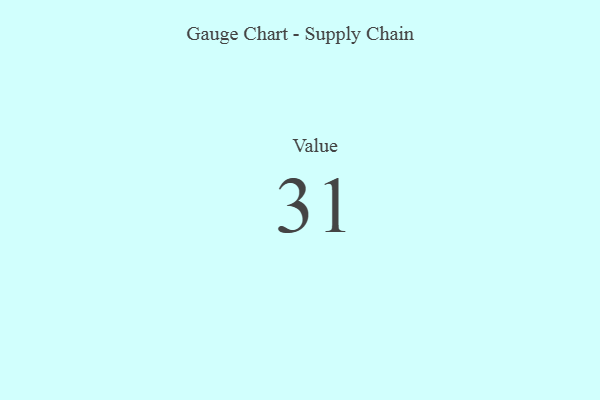
{"axis": {"x": "Metric", "y": "Value"}, "legend": [""], "data": [{"x": "Value", "y": 31, "type": ""}]}